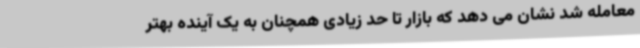
معامله شد نشان می دهد که بازار تا حد زیادی همچنان به یک آینده بهتر